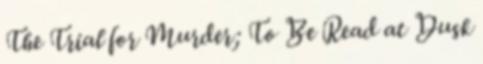
The Trial for Murder; To Be Read at Dusk